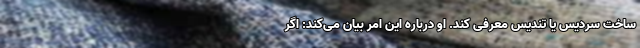
ساخت سردیس یا تندیس معرفی کند. او درباره این امر بیان می‌کند: اگر